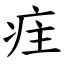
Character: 疰